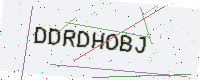
Text: DDRDHOBJ